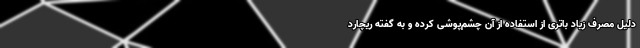
دلیل مصرف زیاد باتری از استفاده از آن چشم‌پوشی کرده و به گفته ریچارد